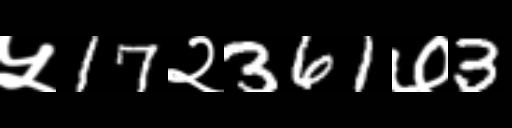
Text: ५17२361७3